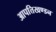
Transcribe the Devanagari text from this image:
आपत्तिखण्डन